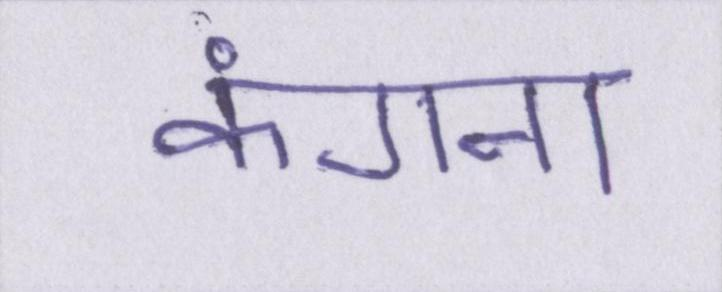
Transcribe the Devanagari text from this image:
कंगना